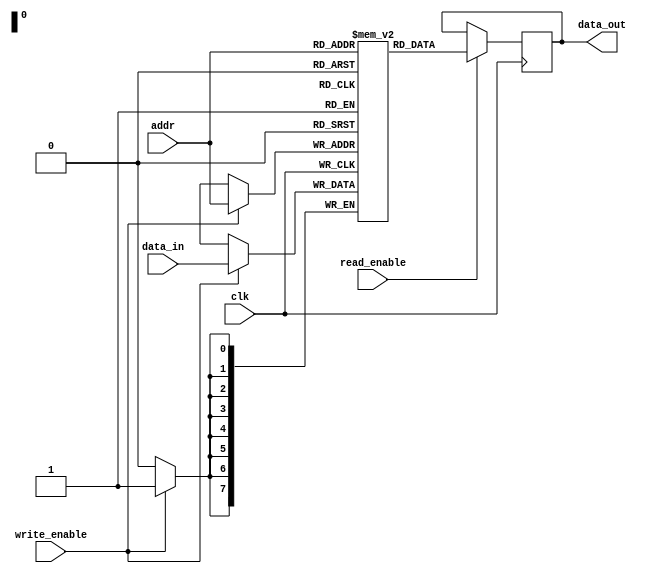
module dual_port_ram (
    input wire clk,
    input wire [7:0] data_in,
    input wire [7:0] addr,
    input wire write_enable,
    input wire read_enable,
    output reg [7:0] data_out
);

reg [7:0] memory [0:255];

always @(posedge clk) begin
    if (write_enable) begin
        memory[addr] <= data_in;
    end
end

always @(posedge clk) begin
    if (read_enable) begin
        data_out <= memory[addr];
    end
end

endmodule